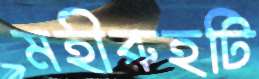
মহীরুহটি